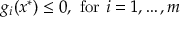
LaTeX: g _ { i } ( x ^ { * } ) \leq 0 , { \mathrm { ~ f o r ~ } } i = 1 , \ldots , m